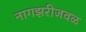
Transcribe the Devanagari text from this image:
नागझरीजवळ